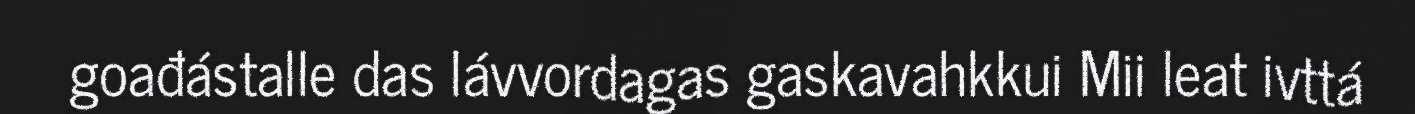
goađástalle das lávvordagas gaskavahkkui Mii leat ivttá